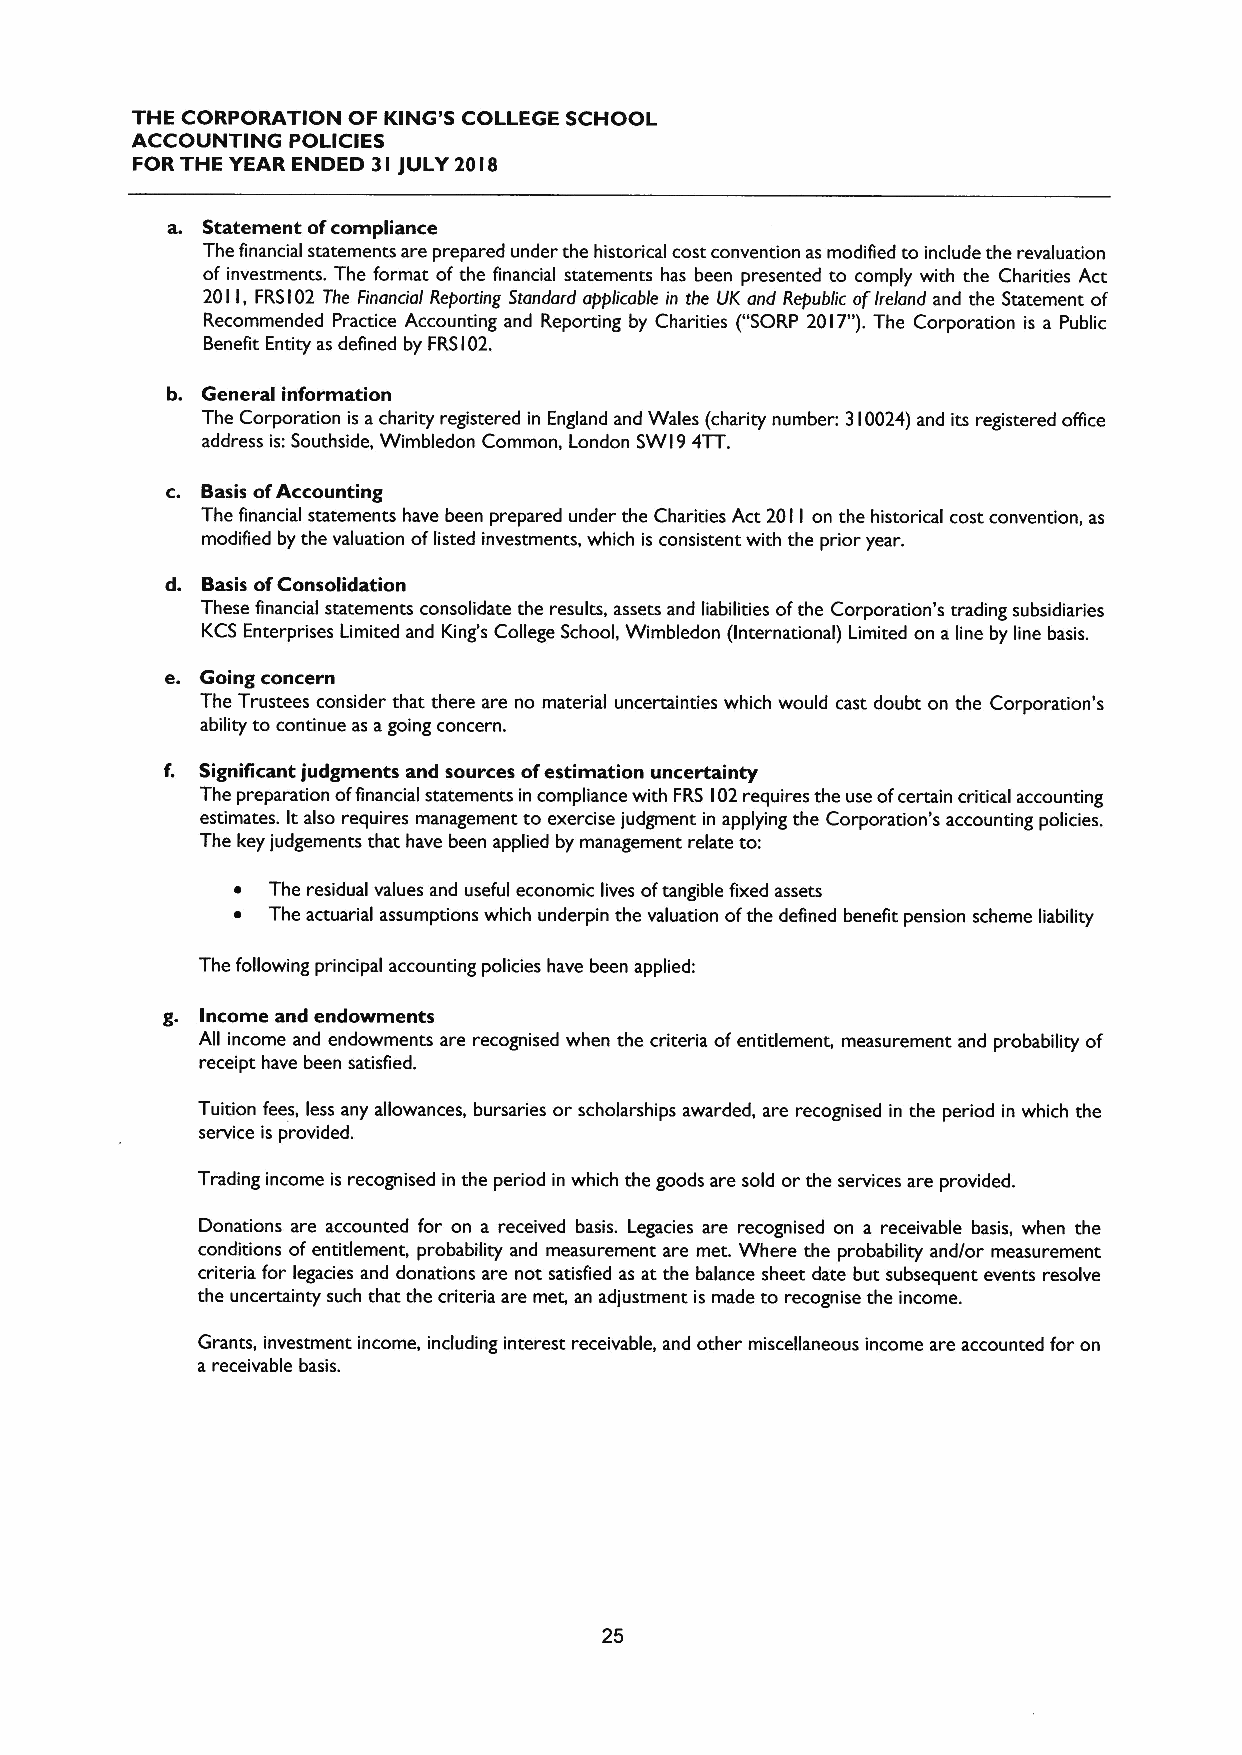
THE CORPORATION OF KING'S COLLEGE SCHOOL
 ACCOUNTING POLICIES
 FOR THE YEAR ENDED 3I JULY 20I8
 a. Statement ofcompliance
 The financial statements are prepared under the historical cost convention as modified to include the revaluation
 of investments. The format ofthe financial statements has been presented to comply with the Charities Act
 20I I, FRSI02 The Financial Reporting Standard applicable in the UK and Republic ofIreland and the Statement of
 Recommended Practice Accounting and Reporting by Charities ("SORP 20 I7").The Corporation is a Public
 Benefit Entity as defined by FRSI02.
 b. General infor mation
 The Corporation is acharity registered in England and Wales (charity number: 310024)and its registered office
 address is:Southside, Wimbledon Common, London SWI9 4TT.
 c. Basis ofAccounting
 The financial statements have been prepared under the Charities Act 2011 on the historical cost convention, as
 modified by the valuation oflisted investments, which is consistent with the prior year.
 d. Basis ofConsolidation
 These financial statements consolidate the results, assets and liabilities ofthe Corporation's trading subsidiaries
 KCS Enterprises Limited and King's College School, Wimbledon (International) Limited on a line by line basis.
 e. Going concern
 The Trustees consider that there are no material uncertainties which would cast doubt on the Corporation's
 ability to continue as agoing concern.
 f. Significant judgments and sources ofestimation uncertainty
 The preparation offinancial statements in compliance with FRS I02requires the use ofcertain critical accounting
 estimates. Italso requires management to exercise judgment in applying the Corporation's accounting policies.
 The key judgements that have been applied by management relate to:
 ~  The residual values and useful economic lives oftangible fixed assets
 ~  The actuarial assumptions which underpin the valuation ofthe defined benefit pension scheme liability
 The following principal accounting policies have been applied:
 g. Income and endowments
 All income and endowments are recognised when the criteria ofentitlement, measurement and probability of
 receipt have been satisfied.
 Tuition fees, less any allowances, bursaries or scholarships awarded, are recognised in the period in which the
 service is provided.
 Trading income is recognised in the period in which the goods are sold or the services are provided.
 Donations are accounted for on a received basis. Legacies are recognised on a receivable basis, when the
 conditions ofentitlement, probability and measurement are met. Where the probability and/or measurement
 criteria for legacies and donations are not satisfied as at the balance sheet date but subsequent events resolve
 the uncertainty such that the criteria are met, an adjustment is made to recognise the income.
 Grants, investment income, including interest receivable, and other miscellaneous income are accounted for on
 a receivable basis.
 25